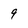
Character: 9